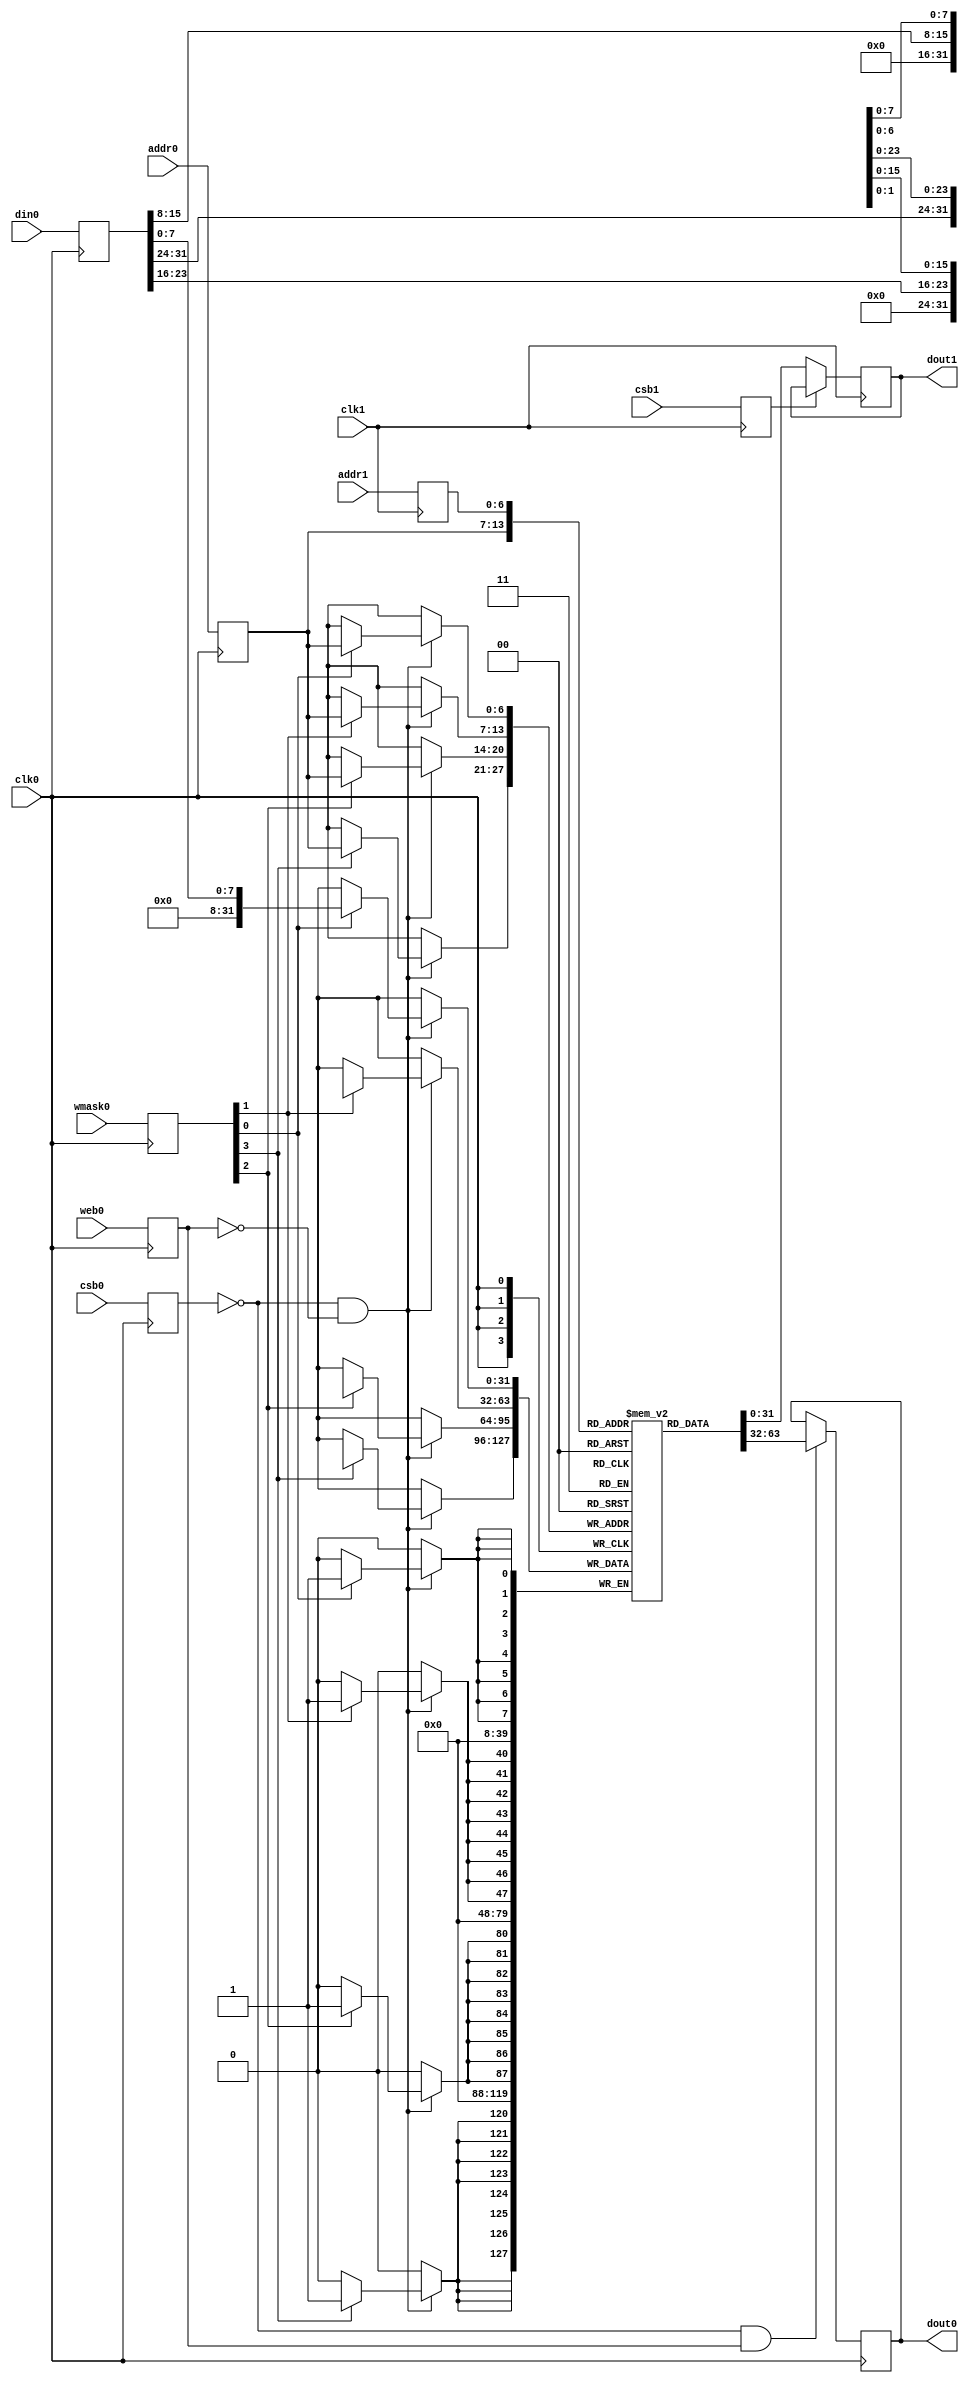
`timescale 1ns / 1ps
//////////////////////////////////////////////////////////////////////////////////
// Company: 
// Engineer: 
// 
// Design Name: 
// Module Name: sram
// Project Name: 
// Target Devices: 
// Tool Versions: 
// Description: 
// 
// Dependencies: 
// 
// Revision:
// Revision 0.01 - File Created
// Additional Comments:
// 
//////////////////////////////////////////////////////////////////////////////////

module sram #( parameter pADDR_WIDTH = 7,
               parameter pDATA_WIDTH = 32 
             )
(   
    // Port 0: RW
    input wire clk0,
    input wire csb0,
    input wire web0,
    input wire [(pDATA_WIDTH/8)-1:0] wmask0,
    input wire [pADDR_WIDTH-1:0]addr0,
    input wire [pDATA_WIDTH-1:0]din0,
    output reg [pDATA_WIDTH-1:0]dout0,
    
    // Port 1: R
    input wire clk1,
    input wire csb1,
    input wire [pADDR_WIDTH-1:0]addr1,
    output reg [pDATA_WIDTH-1:0]dout1
);

    localparam MAX_DEPTH = (1 << pADDR_WIDTH);
	reg [pDATA_WIDTH-1:0] mem[MAX_DEPTH-1: 0];
	
    reg  csb0_reg;
    reg  web0_reg;
    reg [(pDATA_WIDTH/8)-1:0]   wmask0_reg;
    reg [pADDR_WIDTH-1:0]  addr0_reg;
    reg [pDATA_WIDTH-1:0]  din0_reg;
    
    always @(posedge clk0)
    begin
        csb0_reg = csb0;
        web0_reg = web0;
        wmask0_reg = wmask0;
        addr0_reg = addr0;
        din0_reg = din0;
    end

    reg  csb1_reg;
    reg [pADDR_WIDTH-1:0]  addr1_reg;

    always @(posedge clk1)
    begin
        csb1_reg = csb1;
        addr1_reg = addr1;
    end    
    
    always @ (negedge clk0)
    begin
        if ( !csb0_reg && !web0_reg ) begin
            if (wmask0_reg[0])
                mem[addr0_reg][7:0] = din0_reg[7:0];
            if (wmask0_reg[1])
                mem[addr0_reg][15:8] = din0_reg[15:8];
            if (wmask0_reg[2])
                mem[addr0_reg][23:16] = din0_reg[23:16];
            if (wmask0_reg[3])
                mem[addr0_reg][31:24] = din0_reg[31:24];
        end
    end

    always @ (negedge clk0)
    begin
    if (!csb0_reg && web0_reg)
       dout0 <= mem[addr0_reg];
    end  
    
    always @ (negedge clk1)
    begin
    if (!csb1_reg)
       dout1 <= mem[addr1_reg];
    end       
        
endmodule